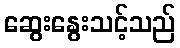
ဆွေးနွေးသင့်သည်